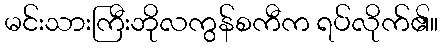
မင်းသားကြီးဘိုလကွန်စကီက ရပ်လိုက်၏။